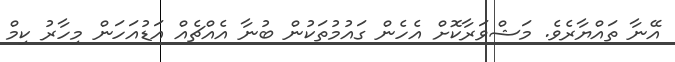
އޭނާ ތައްޔާރެވެ. މަޝްވަރާކޮށް އެހެން ގައުމުތަކުން ބުނާ އެއްޗެއް އަޑުއަހަން މިހާރު ކިމް